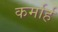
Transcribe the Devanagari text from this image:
कर्मार्ह